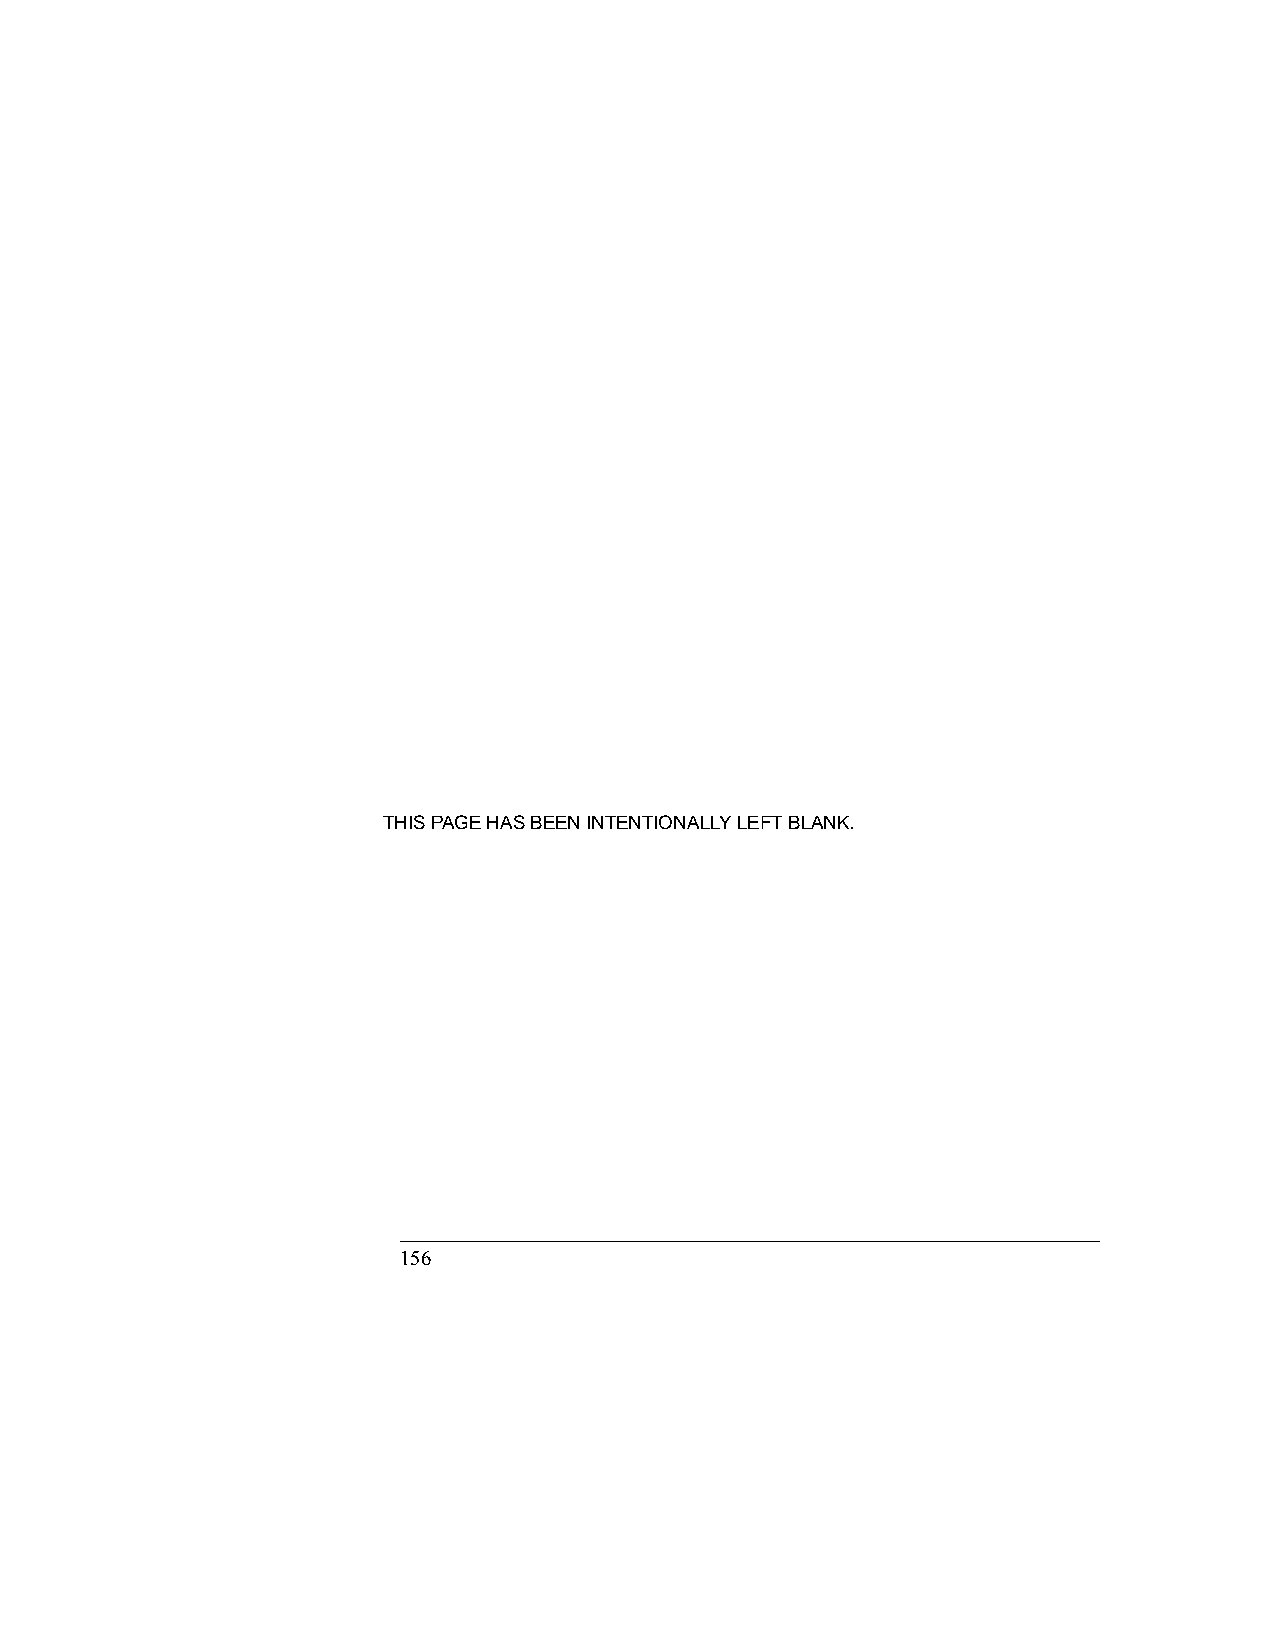
THIS PAGE HAS BEEN INTENTIONALLY LEFT BLANK.
 156                                            